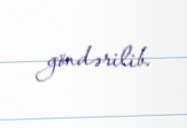
göndərilib.